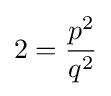
2={\frac {p^{2}}{q^{2}}}